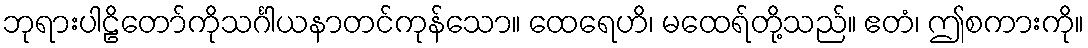
ဘုရားပါဠိတော်ကိုသင်္ဂါယနာတင်ကုန်သော။ ထေရေဟိ၊ မထေရ်တို့သည်။ ဧတံ၊ ဤစကားကို။